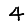
Digit: 4